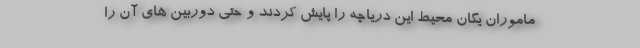
ماموران یگان محیط این دریاچه را پایش کردند و حتی دوربین های آن را